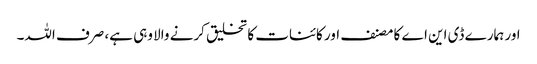
اور ہمارے ڈی این اے کا مصنف اور کائنات کا تخلیق کرنے والا وہی ہے، صرف اللہ۔